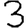
Digit: 3